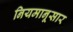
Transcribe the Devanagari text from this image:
नियमानूसार